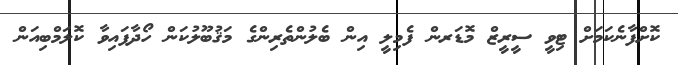
ކޮށްފާނެކަމަށް ޓިވީ ސީރީޒް މޮޑަރން ފެމިލީ އިން ބެލުންތެރިންގެ މަޤުބޫލުކަން ހޯދާފައިވާ ކޮލަމްބިއަން